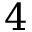
4